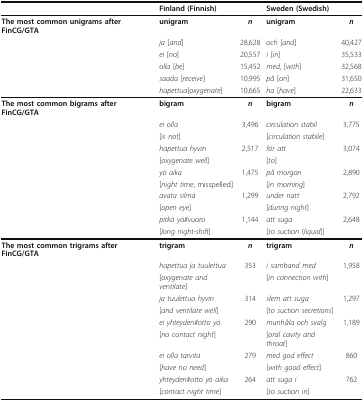
<table><thead><tr><td></td><td colspan="2"><b>Finland (Finnish)</b></td><td colspan="2"><b>Sweden (Swedish)</b></td></tr></thead><tbody><tr><td><b>The most common unigrams after FinCG/GTA</b></td><td><b>unigram</b></td><td><b><i>n</i></b></td><td><b>unigram</b></td><td><b><i>n</i></b></td></tr><tr><td></td><td><i>ja</i> [<i>and</i>]</td><td>28,628</td><td><i>och</i> [<i>and</i>]</td><td>40,427</td></tr><tr><td></td><td><i>ei</i> [<i>no</i>]</td><td>20,557</td><td><i>i</i> [<i>in</i>]</td><td>35,533</td></tr><tr><td></td><td><i>olla</i> [<i>be</i>]</td><td>15,452</td><td><i>med</i>, [<i>with</i>]</td><td>32,568</td></tr><tr><td></td><td><i>saada</i> [<i>receive</i>]</td><td>10,995</td><td><i>på</i> [<i>on</i>]</td><td>31,650</td></tr><tr><td></td><td><i>hapettua</i>[<i>oxygenate</i>]</td><td>10,665</td><td><i>ha</i> [<i>have</i>]</td><td>22,633</td></tr><tr><td><b>The most common bigrams after FinCG/GTA</b></td><td><b>bigram</b></td><td><b><i>n</i></b></td><td><b>bigram</b></td><td><b><i>n</i></b></td></tr><tr><td></td><td><i>ei olla</i></td><td>3,496</td><td><i>circulation stabil</i></td><td>3,775</td></tr><tr><td></td><td>[<i>is not</i>]</td><td></td><td>[<i>circulation stabile</i>]</td><td></td></tr><tr><td></td><td><i>hapettua hyvin</i></td><td>2,517</td><td><i>för att</i></td><td>3,074</td></tr><tr><td></td><td>[<i>oxygenate well</i>]</td><td></td><td>[<i>to</i>]</td><td></td></tr><tr><td></td><td><i>yö aika</i></td><td>1,475</td><td><i>på morgon</i></td><td>2,890</td></tr><tr><td></td><td>[<i>night time</i>, misspelled]</td><td></td><td>[<i>in morning</i>]</td><td></td></tr><tr><td></td><td><i>avata silmä</i></td><td>1,299</td><td><i>under natt</i></td><td>2,792</td></tr><tr><td></td><td>[<i>open eye</i>]</td><td></td><td>[<i>during night</i>]</td><td></td></tr><tr><td></td><td><i>pitkä yö#vuoro</i></td><td>1,144</td><td><i>att suga</i></td><td>2,648</td></tr><tr><td></td><td>[<i>long night-shift</i>]</td><td></td><td>[<i>to suction</i> (<i>liquid</i>)]</td><td></td></tr><tr><td><b>The most common trigrams after FinCG/GTA</b></td><td><b>trigram</b></td><td><b><i>n</i></b></td><td><b>trigram</b></td><td><b><i>n</i></b></td></tr><tr><td></td><td><i>hapettua ja tuulettua</i></td><td>353</td><td><i>i samband med</i></td><td>1,958</td></tr><tr><td></td><td>[<i>oxygenate and ventilate</i>]</td><td></td><td>[<i>in connection with</i>]</td><td></td></tr><tr><td></td><td><i>ja tuulettua hyvin</i></td><td>314</td><td><i>slem att suga</i></td><td>1,297</td></tr><tr><td></td><td>[<i>and ventilate well</i>]</td><td></td><td>[<i>to suction secretions</i>]</td><td></td></tr><tr><td></td><td><i>ei yhteyden#otto yö</i></td><td>290</td><td><i>munhåla och svalg</i></td><td>1,189</td></tr><tr><td></td><td>[<i>no contact night</i>]</td><td></td><td>[<i>oral cavity and throat</i>]</td><td></td></tr><tr><td></td><td><i>ei olla tarvita</i></td><td>279</td><td><i>med god effect</i></td><td>860</td></tr><tr><td></td><td>[<i>have no need</i>]</td><td></td><td>[<i>with good effect</i>]</td><td></td></tr><tr><td></td><td><i>yhteyden#otto yö aika</i></td><td>264</td><td><i>att suga i</i></td><td>762</td></tr><tr><td></td><td>[<i>contact night time</i>]</td><td></td><td>[<i>to suction in</i>]</td><td></td></tr></tbody></table>